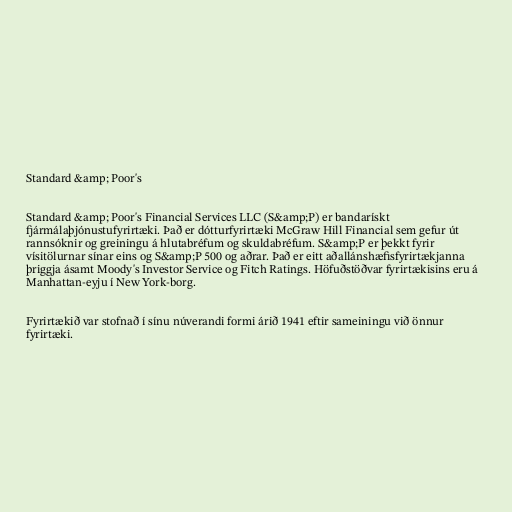
Standard &amp; Poor's

Standard &amp; Poor's Financial Services LLC (S&amp;P) er bandarískt
fjármálaþjónustufyrirtæki. Það er dótturfyrirtæki McGraw Hill Financial sem gefur út
rannsóknir og greiningu á hlutabréfum og skuldabréfum. S&amp;P er þekkt fyrir
vísitölurnar sínar eins og S&amp;P 500 og aðrar. Það er eitt aðallánshæfisfyrirtækjanna
þriggja ásamt Moody's Investor Service og Fitch Ratings. Höfuðstöðvar fyrirtækisins eru á
Manhattan-eyju í New York-borg.

Fyrirtækið var stofnað í sínu núverandi formi árið 1941 eftir sameiningu við önnur
fyrirtæki.